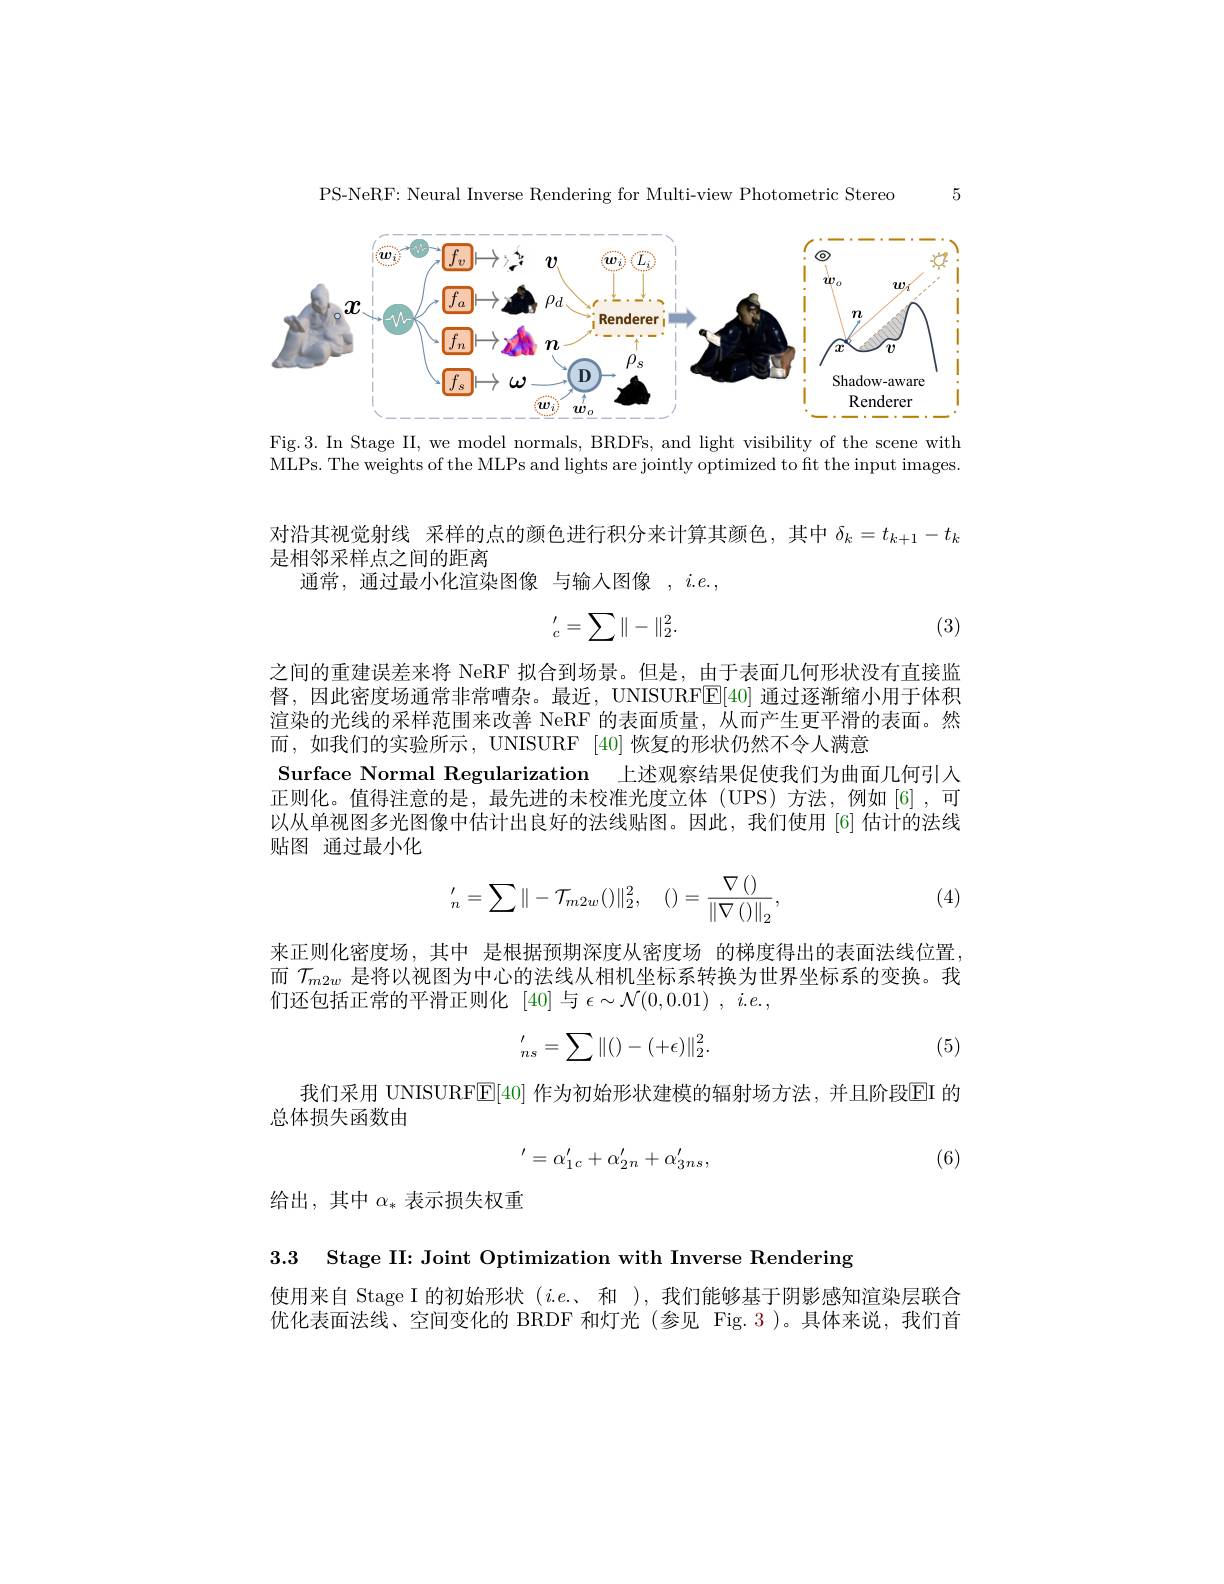
5

PS-NeRF: Neural Inverse Rendering for Multi-view Photometric Stereo

<FigureHere>

Fig.3. In Stage II, we model normals, BRDFs, and light visibility of the scene with MLPs. The weights of the MLPs and lights are jointly optimized to ft the input images.

对沿其视觉射线 采样的点的颜色进行积分来计算其颜色，其中$\delta_k=t_{k+1}-t_k$
是相邻采样点之间的距离
通常，通过最小化渲染图像 与输入图像$,i.e.$,

(3)
$$_c^{\prime}=\sum\|-\|_2^2.$$
之间的重建误差来将 NeRF 拟合到场景。但是，由于表面几何形状没有直接监督，因此密度场通常非常嘈杂。最近，UNISURFE[40] 通过逐渐缩小用于体积渲染的光线的采样范围来改善 NeRF 的表面质量，从而产生更平滑的表面。然而，如我们的实验所示，UNISURF [40] 恢复的形状仍然不令人满意
Surface Normal Regularization 上述观察结果促使我们为曲面几何引人正则化。值得注意的是，最先进的未校准光度立体(UPS)方法，例如[6],可以从单视图多光图像中估计出良好的法线贴图。因此，我们使用[6]估计的法线贴图 通过最小化
$$'_{n}=\sum\|-\mathcal{T}_{m2w}()\|_{2}^{2},\quad()=\frac{\nabla\left(\right)}{\left\|\nabla\left(\right)\right\|_{2}},$$
(4)

来正则化密度场，其中 是根据预期深度从密度场 的梯度得出的表面法线位置而$\mathcal{T}_{m2w}$是将以视图为中心的法线从相机坐标系转换为世界坐标系的变换。我们还包括正常的平滑正则化 [40]与$\epsilon\sim\mathcal{N}(0,0.01)~,~i.e.$,
$$'_{ns}=\sum\|()-(+\epsilon)\|_2^2.$$
(5)

我们采用 UNISURFE[40] 作为初始形状建模的辐射场方法，并且阶段EI 的
总体损失函数由
$$'=\alpha_{1c}'+\alpha_{2n}'+\alpha_{3ns}',$$
(6)

给出，其中$\alpha_*$表示损失权重

3.3 Stage II: Joint Optimization with Inverse Rendering

使用来自 Stage I 的初始形状$(i.e.$、和 ),我们能够基于阴影感知渲染层联合优化表面法线、空间变化的 BRDF 和灯光(参见 Fig.3)。具体来说，我们首